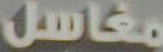
مغاسل